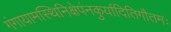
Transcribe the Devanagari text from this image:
गंगायामस्थिनिक्षेपंनकुर्यादितिगौतमः